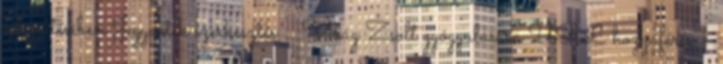
kibővítésében Jegyzetek szerkesztés ↑ Virág Zsolt gyógyulására URL hozzáférés –